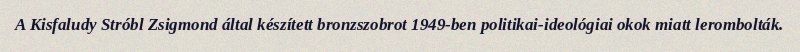
A Kisfaludy Stróbl Zsigmond által készített bronzszobrot 1949-ben politikai-ideológiai okok miatt lerombolták.